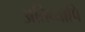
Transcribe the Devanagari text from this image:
अतिव्यापि